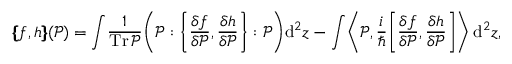
\{ \! \! \{ f , h \} \! \! \} ( \mathcal { P } ) = \int \! \frac 1 { \operatorname { T r } \mathcal { P } } \bigg ( \mathcal { P } : \bigg \{ \frac { \delta f } { \delta \mathcal { P } } , \frac { \delta h } { \delta \mathcal { P } } \bigg \} : \mathcal { P } \bigg ) \mathrm { d } ^ { 2 } z - \int \! \left\langle \mathcal { P } , \frac { i } \hbar \! \left[ \frac { \delta f } { \delta \mathcal { P } } , \frac { \delta h } { \delta \mathcal { P } } \right] \right\rangle \mathrm { d } ^ { 2 } z ,